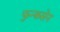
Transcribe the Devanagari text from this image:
फुन्कसेन